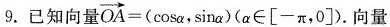
9.已知向量$$\overrightarrow { O A } = \cos α ，\sin α )$$ ($$ α \in [ - π ， 0 ]$$ ).向量